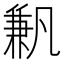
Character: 𠔮